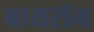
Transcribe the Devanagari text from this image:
बायरॉन